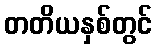
တတိယနှစ်တွင်